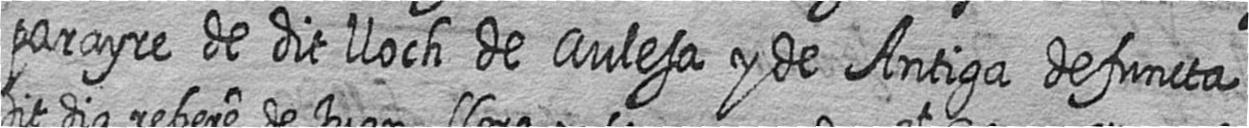
parayre de dit lloch de Aulesa y de Antiga defuncta